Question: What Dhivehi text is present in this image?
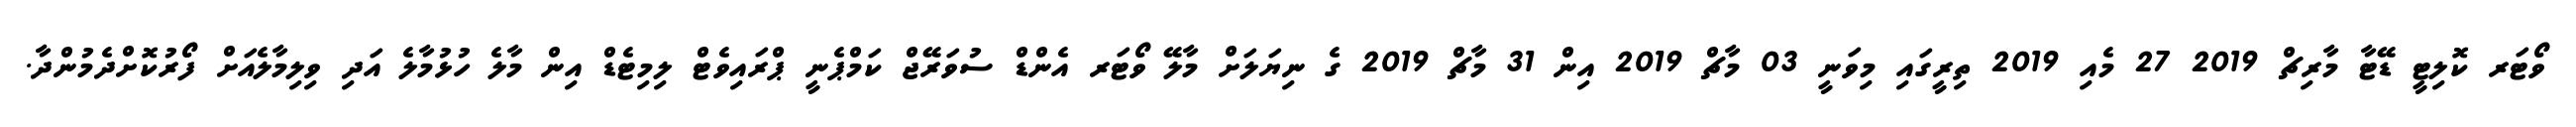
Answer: ވޯޓަރ ކޮލިޓީ ޑޭޓާ މާރިޗް 2019 27 މެއި 2019 ތިރީގައި މިވަނީ 03 މާޗް 2019 އިން 31 މާޗް 2019 ގެ ނިޔަލަށް މާލޭ ވޯޓަރ އެންޑް ސުވަރޭޖް ކަމްޕެނީ ޕްރައިވެޓް ލިމިޓެޑް އިން މާލެ ހުޅުމާލެ އަދި ވިލިމާލެއަށް ފޯރުކޮށްދެމުންދާ.